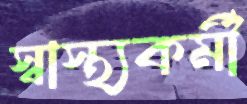
স্বাস্থ্যকর্মী